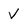
Character: V